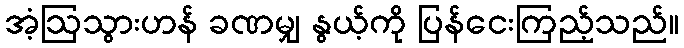
အံ့ဩသွားဟန် ခဏမျှ နွယ့်ကို ပြန်ငေးကြည့်သည်။